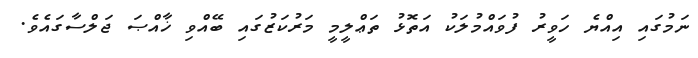
ނަމުގައި އިއްޔެ ހަވީރު ފުވައްމުލަކު އަތޮޅު ތަޢްލީމީ މަރުކަޒުގައި ބޭއްވި ޚާއްޞަ ޖަލްސާގައެވެ.